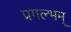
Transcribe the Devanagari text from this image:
प्रगल्भम्